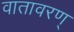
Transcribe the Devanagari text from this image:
वातावरण्